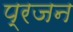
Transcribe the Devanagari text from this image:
प्रजन